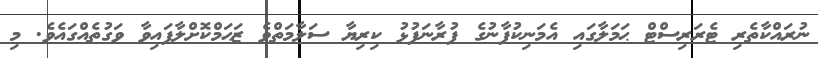
ނުރައްކާތެރި ޓެރަރިސްޓް ޙަމަލާގައި އެމަނިކުފާނުގެ ފުރާނަފުޅު ކިރިޔާ ސަލާމަތްވެ ޒަޙަމްކޮށްލާފައިވާ ވަގުތެއްގައެވެ. މި